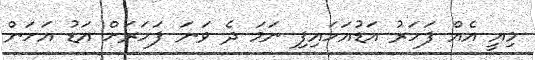
މިއީ އެއް ފަހަރު އަޑުއަހައިފި ނަމަ ދެ ވަނަ ފަހަރަށް އަޑު އަހަން